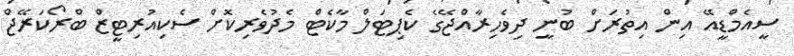
ސީއެމްޑީއޭ އިން އިތުރަށް ބުނީ ދިވެހިރާއްޖޭގެ ކެޕިޓަލް މާކެޓް މެދުވެރިކޮށް ސެކިއުރިޓީޒް ބްރޯކަރޭޖް